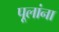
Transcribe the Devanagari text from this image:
पूलांना